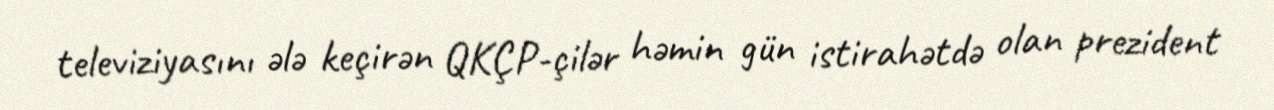
televiziyasını ələ keçirən QKÇP-çilər həmin gün istirahətdə olan prezident